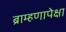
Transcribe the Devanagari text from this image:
ब्राम्हणापेक्षा